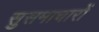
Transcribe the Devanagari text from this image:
सुसमाचारों